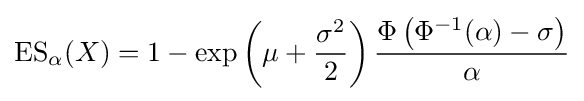
\operatorname {ES} _{\alpha }(X)=1-\exp \left(\mu +{\frac {\sigma ^{2}}{2}}\right){\frac {\Phi \left(\Phi ^{-1}(\alpha )-\sigma \right)}{\alpha }}